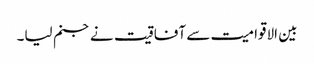
بین الاقوامیت سے آفاقیت نے جنم لیا۔